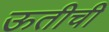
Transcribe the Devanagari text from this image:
ऊतीची